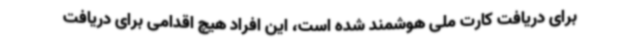
برای دریافت کارت ملی هوشمند شده است، این افراد هیچ اقدامی برای دریافت